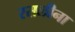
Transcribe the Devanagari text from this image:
रसलीना